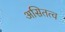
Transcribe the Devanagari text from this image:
असितत्व